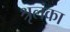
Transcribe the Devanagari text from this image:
श्रृलंका